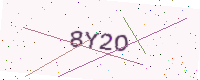
Text: 8Y2O